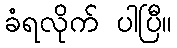
ခံရလိုက် ပါပြီ။